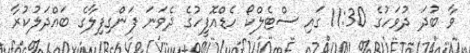
ވާ ބުދަ ދުވަހުގެ 11:30 ގައި ސްޓެލްކޯ ހެޑްއޮފީހުގެ ދެވަނަ ފަންގިފިލާގެ ބައްދަލުކުރާ